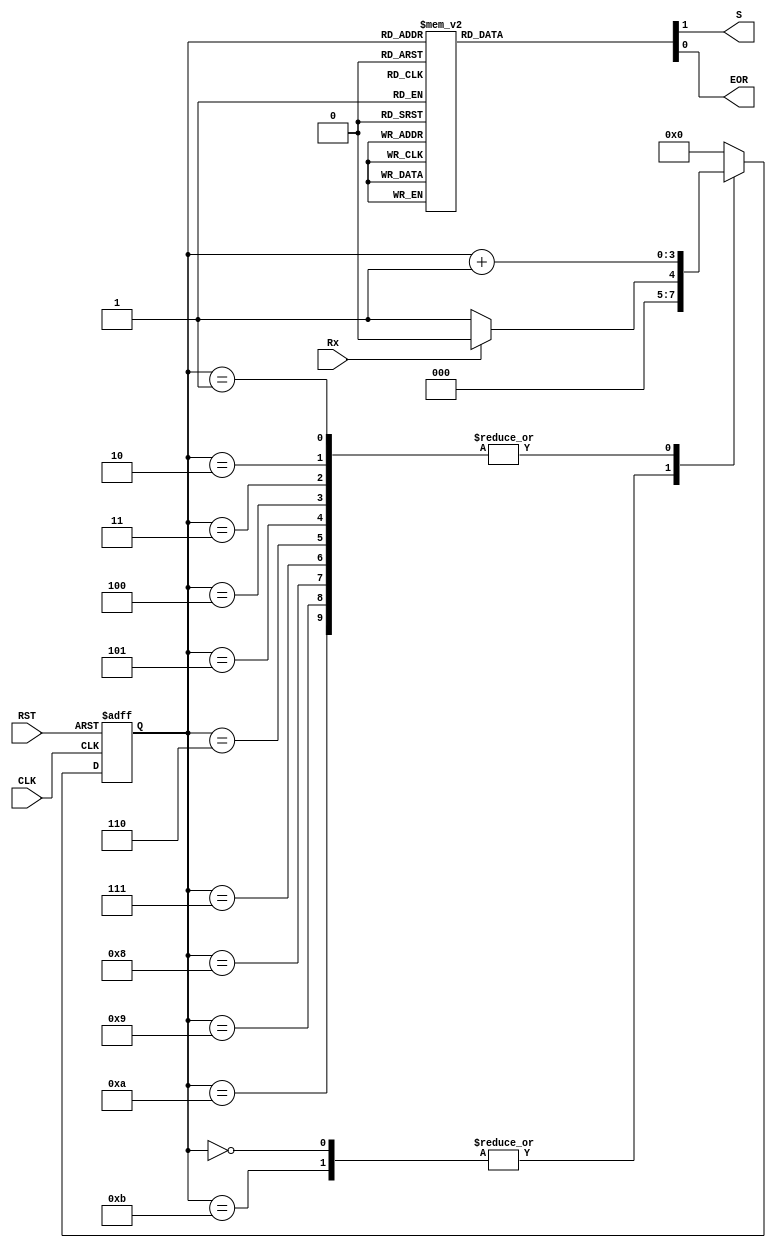
module FSM_RX_232(CLK,RST,Rx,S,EOR);
	input CLK,RST;
	input Rx;
	output reg S;
	output reg EOR;
	reg [3:0] Qp;

	always @(posedge CLK or posedge RST)
		begin
		if (RST)
		Qp <= 0;
		else
		case (Qp)
		0,11: Qp <= (Rx)? 0:1;
		1,2,3,4,5,6,7,8,9,10: Qp <=  (Qp + 1);
		//11: Qp <= 0;
		default: Qp <= 0;
		endcase
		end

	always @(Qp)
		begin
		case (Qp)
		0: begin EOR=1; S=0;end
		1,2,3,4,5,6,7,8,9: begin EOR=0; S=1;end
		default: begin EOR=1; S=0;end
		endcase
		end
endmodule